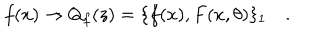
LaTeX: f ( x ) \to Q _ { f } ( z ) = \{ f ( x ) , F ( x , \theta ) \} _ { 1 } \, \, \, \, \, \, .